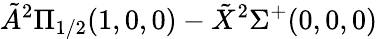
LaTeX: \tilde{A}^{2}\Pi_{1/2}(1,0,0)-\tilde{X}^{2}\Sigma^{+}(0,0,0)